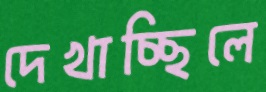
দেখাচ্ছিলে